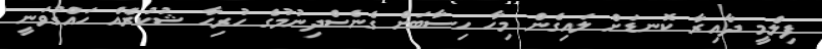
ފިލްމީ ދާއިރާ ކޮނޑަށް ލައިގެން މިހާ ހިސާބަށް ގެނެސްދިނުމުގެ ހުރިހާ ޝުކުރެއް ހައްގުވަނީ